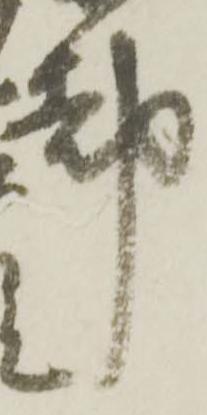
都